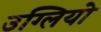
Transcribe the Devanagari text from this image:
उग्लियो